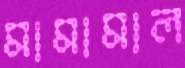
মামামাল